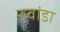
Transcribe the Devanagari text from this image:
रुवांडा